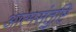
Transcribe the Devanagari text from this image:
आत्मसंतुष्टि